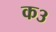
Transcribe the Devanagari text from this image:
क३